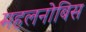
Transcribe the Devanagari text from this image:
महलनोबिस